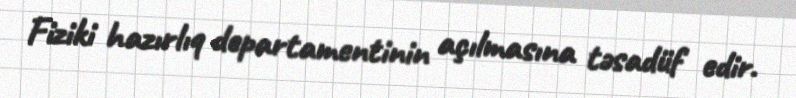
Fiziki hazırlıq departamentinin açılmasına təsadüf edir.